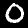
Label: 0